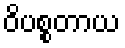
ဝိပစ္စတာယ